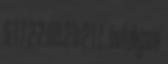
6 1 7 2.2.09.2 b 2 1 7. évfolyam